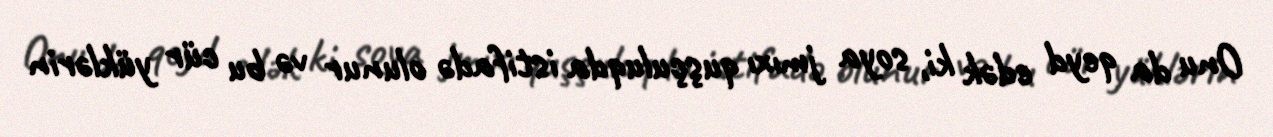
Onu da qeyd edək ki, soya jmıxı quşçuluqda istifadə olunur və bu cür yüklərin